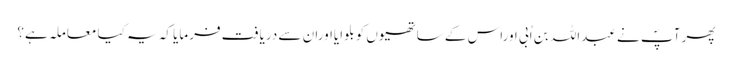
پھر آپؐ نے عبداللہ بن اُبی اوراس کے ساتھیوں کو بلوایااوران سے دریافت فرمایا کہ یہ کیا معاملہ ہے؟